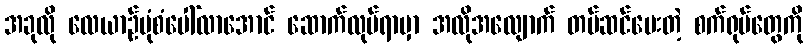
အခုလို လေယာဉ်ပုံစံပေါ်လာအောင် ဆောက်လုပ်ရာမှာ အလိုအလျောက် တပ်ဆင်ပေးတဲ့ စက်ရုပ်တွေကို